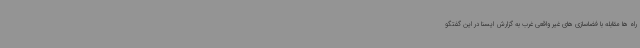
راه ها مقابله با فضاسازی های غیر واقعی غرب به گزارش ایسنا در این گفتگو